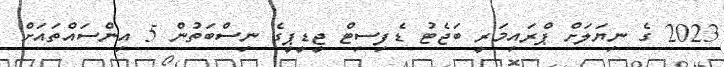
2023 ގެ ނިޔަލަށް ޕްރައިމަރީ ބަޖެޓު ޑެފިސިޓް ޖީޑީޕީގެ ނިސްބަތުން 5 އިންސައްތައަށް